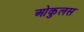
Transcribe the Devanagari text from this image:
ओकुलस